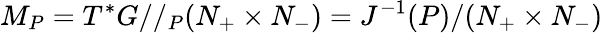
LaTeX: M_{P}=T^{*}G//_{P}(N_{+}\times N_{-})=J^{-1}(P)/(N_{+}\times N_{-})